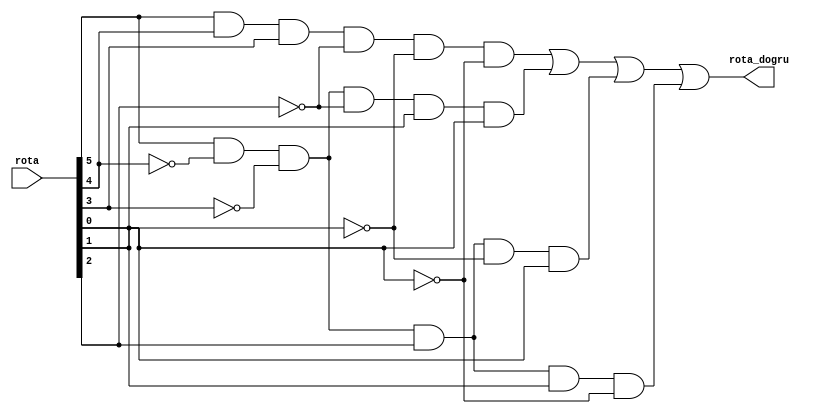
module rotadogrula(
    input [5:0] rota,
    output rota_dogru
);
    
wire [5:0] nrota;
not(nrota[5], rota[5]);
not(nrota[4], rota[4]);
not(nrota[3], rota[3]);
not(nrota[2], rota[2]);
not(nrota[1], rota[1]);
not(nrota[0], rota[0]);
    
wire w1, w2, w3, w4;
and(w1, rota[5], rota[4], rota[3], nrota[2], nrota[1], nrota[0]);
and(w2, rota[5], nrota[4], nrota[3], nrota[2], rota[1], rota[0]);
and(w3, rota[5], nrota[4], nrota[3], rota[2], nrota[1], rota[0]);
and(w4, rota[5], nrota[4], nrota[3], rota[2], rota[1], nrota[0]);
    
or(rota_dogru, w1, w2, w3, w4);
    
endmodule